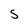
Character: S